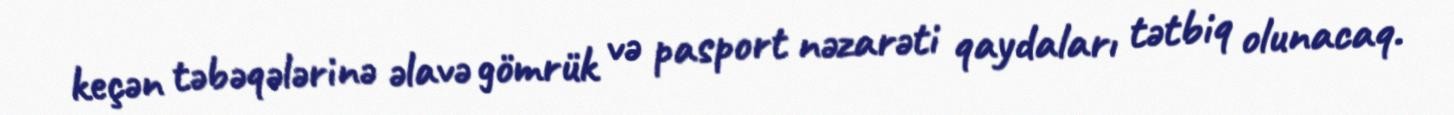
keçən təbəqələrinə əlavə gömrük və pasport nəzarəti qaydaları tətbiq olunacaq.